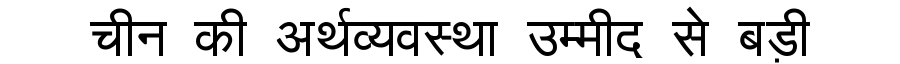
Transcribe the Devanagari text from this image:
चीन की अर्थव्यवस्था उम्मीद से बड़ी